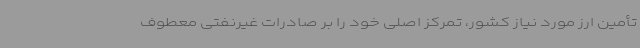
تأمین ارز مورد نیاز کشور، تمرکز اصلی خود را بر صادرات غیرنفتی معطوف